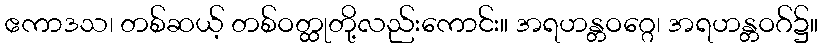
ဧကာဒသ၊ တစ်ဆယ့် တစ်ဝတ္ထုတို့လည်းကောင်း။ အရဟန္တဝဂ္ဂေ၊ အရဟန္တဝဂ်၌။